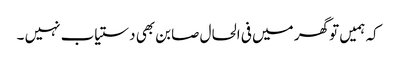
کہ ہمیں تو گھر میں فی الحال صابن بھی دستیاب نہیں ۔